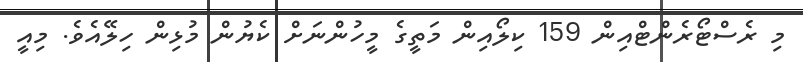
މި ރެސްޓޯރެންޓްއިން 159 ކިލޯއިން މަތީގެ މީހުންނަށް ކެޔުން މުޅިން ހިލޭއެވެ. މިއީ